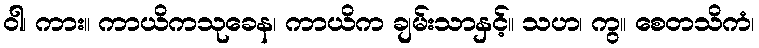
ဝါ၊ ကား။ ကာယိကသုခေန၊ ကာယိက ချမ်းသာနှင့်။ သဟ၊ ကွ။ စေတသိကံ၊